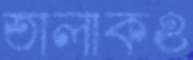
তালাকও